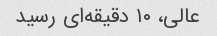
عالی، ۱۰ دقیقه‌ای رسید